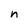
Character: n